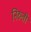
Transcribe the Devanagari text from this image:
निरुती